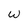
Character: W